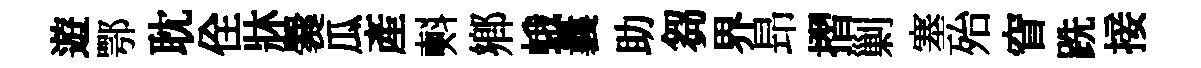
遊鄂耽佺牀爨瓜産㪺鄕蛾曩助芻界昻摺剿塞殆窅跣接